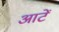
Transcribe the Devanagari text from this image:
आटें